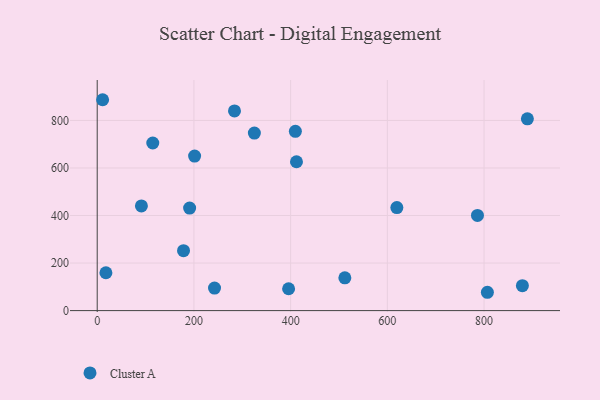
{"axis": {"x": "Investment", "y": "Rating"}, "legend": ["Cluster A"], "data": [{"x": "512.1", "y": 137.8, "type": "Cluster A"}, {"x": "191.1", "y": 431.5, "type": "Cluster A"}, {"x": "18.0", "y": 159.3, "type": "Cluster A"}, {"x": "325.0", "y": 746.9, "type": "Cluster A"}, {"x": "283.9", "y": 840.0, "type": "Cluster A"}, {"x": "11.2", "y": 887.2, "type": "Cluster A"}, {"x": "178.5", "y": 252.1, "type": "Cluster A"}, {"x": "619.7", "y": 433.4, "type": "Cluster A"}, {"x": "786.4", "y": 400.4, "type": "Cluster A"}, {"x": "412.1", "y": 626.2, "type": "Cluster A"}, {"x": "91.4", "y": 440.2, "type": "Cluster A"}, {"x": "889.6", "y": 806.8, "type": "Cluster A"}, {"x": "242.6", "y": 94.6, "type": "Cluster A"}, {"x": "879.3", "y": 105.0, "type": "Cluster A"}, {"x": "409.8", "y": 754.3, "type": "Cluster A"}, {"x": "806.9", "y": 77.1, "type": "Cluster A"}, {"x": "395.8", "y": 92.0, "type": "Cluster A"}, {"x": "201.4", "y": 650.0, "type": "Cluster A"}, {"x": "114.9", "y": 705.2, "type": "Cluster A"}]}